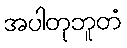
အပါတုဘူတံ